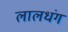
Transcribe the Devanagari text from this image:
लालधंग